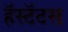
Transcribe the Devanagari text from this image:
हॅस्टॅटस